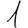
Digit: 1